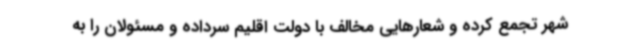
شهر تجمع کرده و شعارهایی مخالف با دولت اقلیم سرداده و مسئولان را به